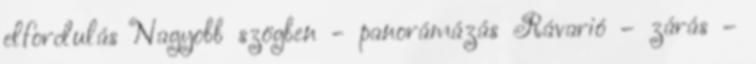
elfordulás Nagyobb szögben - panorámázás Rávarió – zárás –